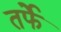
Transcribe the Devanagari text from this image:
तर्फेे